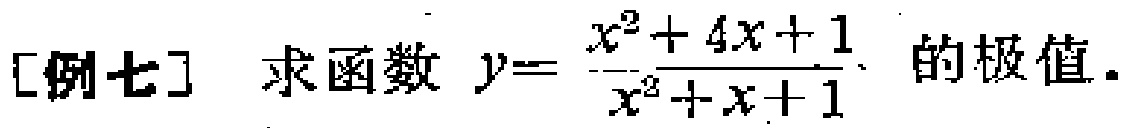
[例七] 求函数 \(y = \frac{x^{2}+4x + 1}{x^{2}+x + 1}\) 的极值.